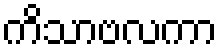
ကိသာဗလကာ